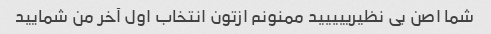
شما اصن بی نظیرییییید ممنونم ازتون انتخاب اول آخر من شمایید